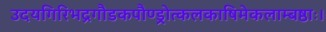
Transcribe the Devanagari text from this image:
उदयगिरिभद्रगौडकपौण्ड्रोत्कलकाषिमेकलाम्बष्ठाः।